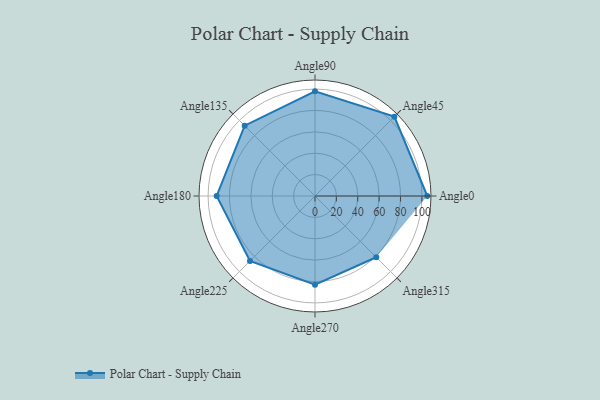
{"axis": {"x": "Angle", "y": "Radius"}, "legend": [""], "data": [{"x": "Angle0", "y": 105.0, "type": ""}, {"x": "Angle45", "y": 105.0, "type": ""}, {"x": "Angle90", "y": 98.0, "type": ""}, {"x": "Angle135", "y": 93.0, "type": ""}, {"x": "Angle180", "y": 92.0, "type": ""}, {"x": "Angle225", "y": 86.0, "type": ""}, {"x": "Angle270", "y": 83.0, "type": ""}, {"x": "Angle315", "y": 81.0, "type": ""}]}